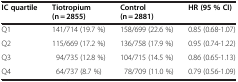
<table><thead><tr><td><b>IC quartile</b></td><td><b>Tiotropium (n = 2855)</b></td><td><b>Control (n = 2881)</b></td><td><b>HR (95 % CI)</b></td></tr></thead><tbody><tr><td>Q1</td><td>141/714 (19.7 %)</td><td>158/699 (22.6 %)</td><td>0.85 (0.68-1.07)</td></tr><tr><td>Q2</td><td>115/669 (17.2 %)</td><td>136/758 (17.9 %)</td><td>0.95 (0.74-1.22)</td></tr><tr><td>Q3</td><td>94/735 (12.8 %)</td><td>104/715 (14.5 %)</td><td>0.86 (0.65-1.13)</td></tr><tr><td>Q4</td><td>64/737 (8.7 %)</td><td>78/709 (11.0 %)</td><td>0.79 (0.56-1.09)</td></tr></tbody></table>